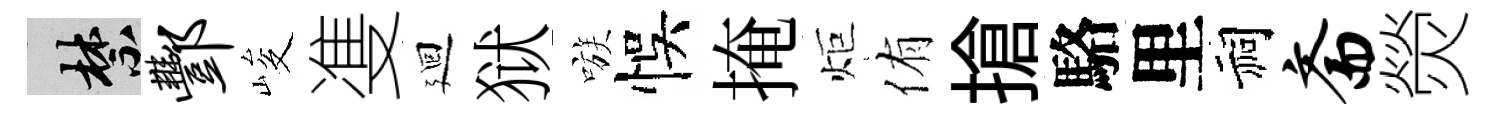
禁酆峻㕠廻狱嗾悞掩炬侑搶駱里祠斋熒